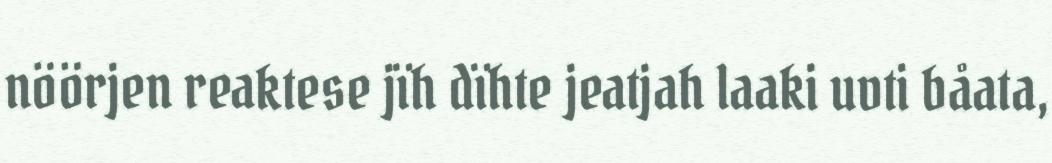
nöörjen reaktese jïh dïhte jeatjah laaki uvti båata,